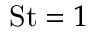
\mathrm { S t } = 1